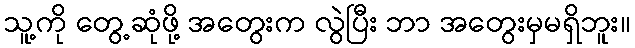
သူ့ကို တွေ့ဆုံဖို့ အတွေးက လွဲပြီး ဘာ အတွေးမှမရှိဘူး။